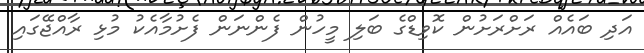
އަދި ބައެއް ރަށްރަށުން ކޮވިޑްގެ ބަލި މީހުން ފެންނަން ފެށުމާއެކު މުޅި ރާއްޖޭގައި